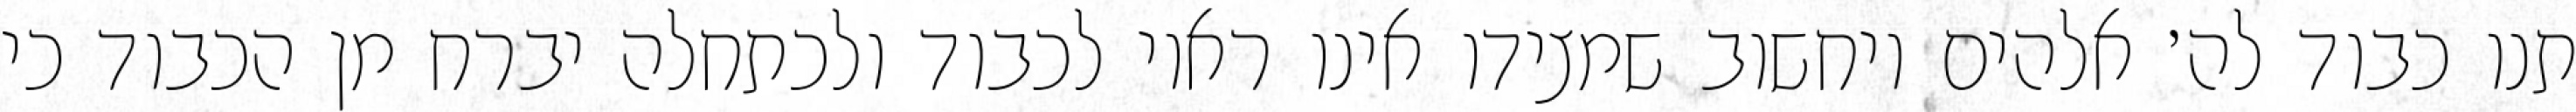
תנו כבוד לה׳ אלהים ויחשוב שמצידו אינו ראוי לכבוד ולכתחלה יברח מן הכבוד כי